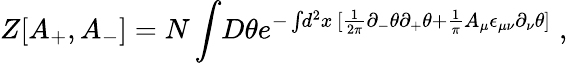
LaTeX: Z[A_{+},A_{-}]=N\int\! D\theta e^{-\int\! d^{2}x\, [\frac{1}{2\pi}\partial_{-}\theta\partial_{+}\theta+\frac{1}{\pi}A_{\mu}\epsilon_{\mu\nu}\partial_{\nu}\theta]}\; ,